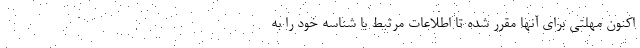
اکنون مهلتی برای آنها مقرر شده تا اطلاعات مرتبط با شناسه خود را به